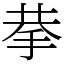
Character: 拲